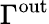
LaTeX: \Gamma^{\mathrm{out}}